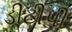
ડીટીપી